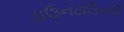
ડાઉનટાઉનની